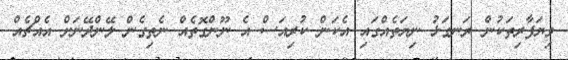
ވިޔަފާރިތަކުން ރަނގަޅު ނިޔަތެއްގައި އެކަން ކުރިއަސް އެ ނޫންގޮތެއް ނެތިގެން ލޭންދޭނަށް އެއްޗެއް